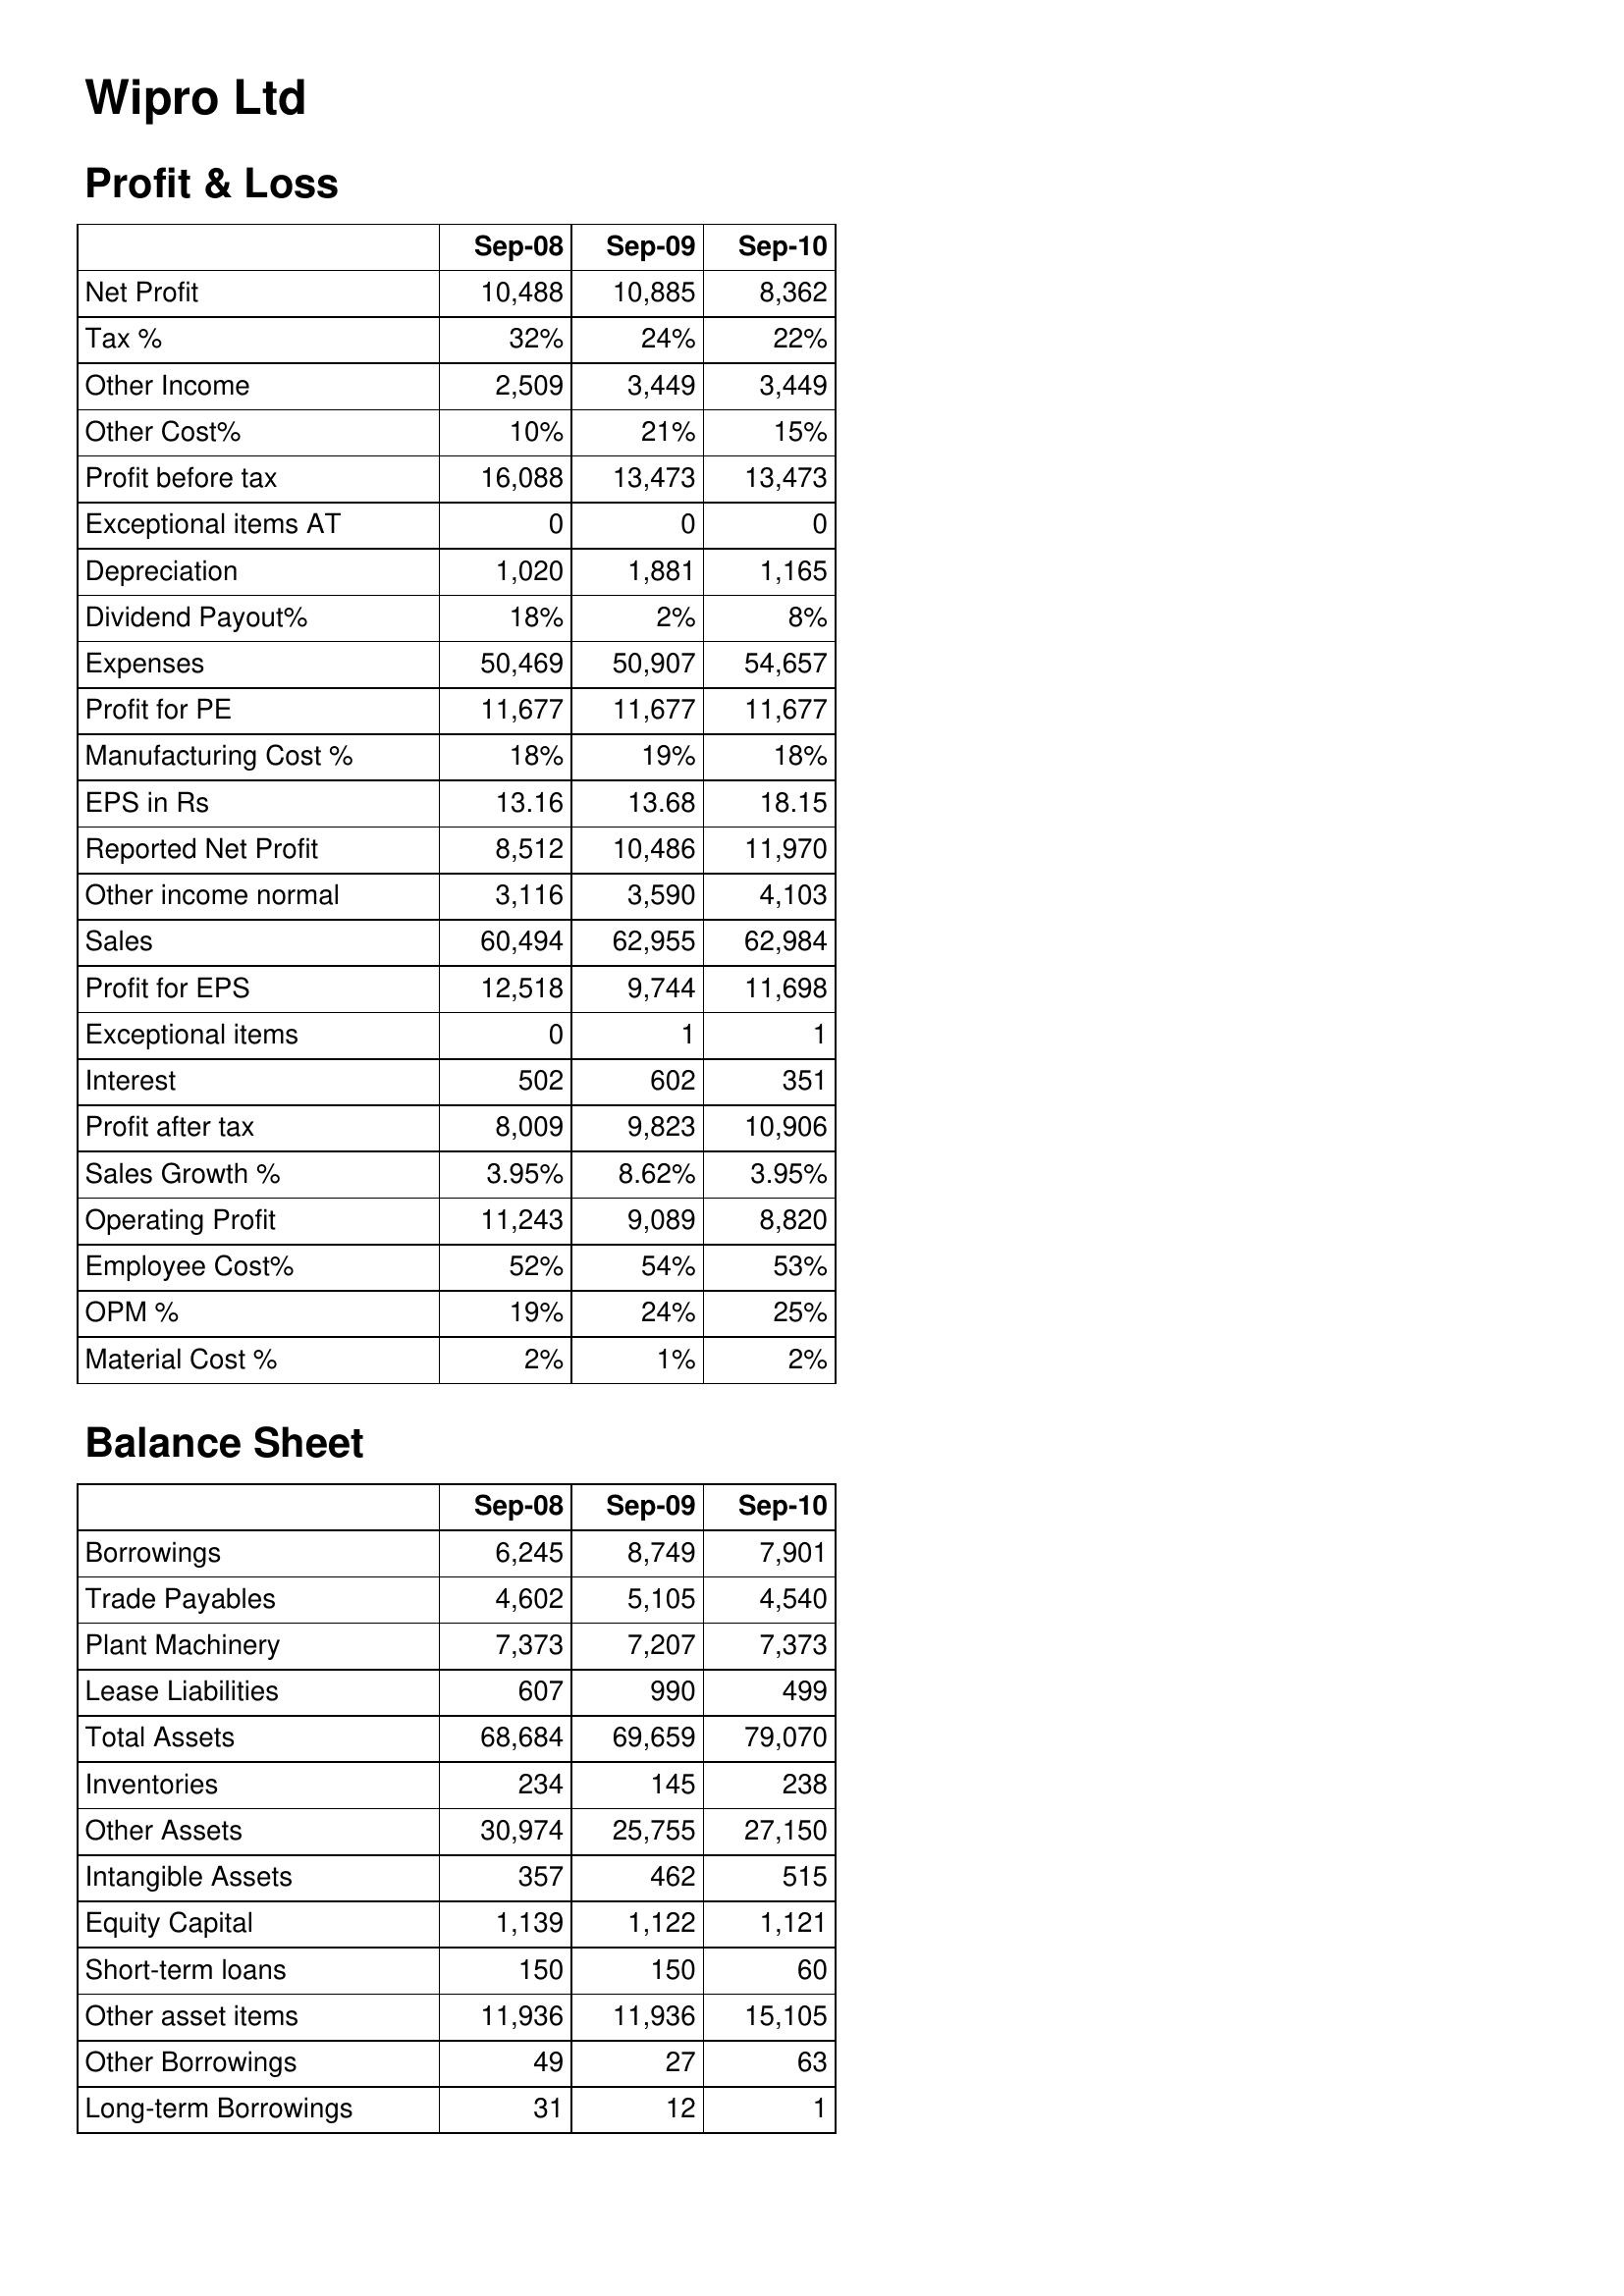
Sep-08: Profit & Loss: Net Profit: 10,488
Tax %: 32%
Other Income: 2,509
Other Cost%: 10%
Profit before tax: 16,088
Exceptional items AT: 0
Depreciation: 1,020
Dividend Payout%: 18%
Expenses: 50,469
Profit for PE: 11,677
Manufacturing Cost %: 18%
EPS in Rs: 13.16
Reported Net Profit: 8,512
Other income normal: 3,116
Sales: 60,494
Profit for EPS: 12,518
Exceptional items: 0
Interest: 502
Profit after tax: 8,009
Sales Growth %: 3.95%
Operating Profit: 11,243
Employee Cost%: 52%
OPM %: 19%
Material Cost %: 2%
Balance Sheet: Borrowings: 6,245
Trade Payables: 4,602
Plant Machinery: 7,373
Lease Liabilities: 607
Total Assets: 68,684
Inventories: 234
Other Assets: 30,974
Intangible Assets: 357
Equity Capital: 1,139
Short-term loans: 150
Other asset items: 11,936
Other Borrowings: 49
Long-term Borrowings: 31
Sep-09: Profit & Loss: Net Profit: 10,885
Tax %: 24%
Other Income: 3,449
Other Cost%: 21%
Profit before tax: 13,473
Exceptional items AT: 0
Depreciation: 1,881
Dividend Payout%: 2%
Expenses: 50,907
Profit for PE: 11,677
Manufacturing Cost %: 19%
EPS in Rs: 13.68
Reported Net Profit: 10,486
Other income normal: 3,590
Sales: 62,955
Profit for EPS: 9,744
Exceptional items: 1
Interest: 602
Profit after tax: 9,823
Sales Growth %: 8.62%
Operating Profit: 9,089
Employee Cost%: 54%
OPM %: 24%
Material Cost %: 1%
Balance Sheet: Borrowings: 8,749
Trade Payables: 5,105
Plant Machinery: 7,207
Lease Liabilities: 990
Total Assets: 69,659
Inventories: 145
Other Assets: 25,755
Intangible Assets: 462
Equity Capital: 1,122
Short-term loans: 150
Other asset items: 11,936
Other Borrowings: 27
Long-term Borrowings: 12
Sep-10: Profit & Loss: Net Profit: 8,362
Tax %: 22%
Other Income: 3,449
Other Cost%: 15%
Profit before tax: 13,473
Exceptional items AT: 0
Depreciation: 1,165
Dividend Payout%: 8%
Expenses: 54,657
Profit for PE: 11,677
Manufacturing Cost %: 18%
EPS in Rs: 18.15
Reported Net Profit: 11,970
Other income normal: 4,103
Sales: 62,984
Profit for EPS: 11,698
Exceptional items: 1
Interest: 351
Profit after tax: 10,906
Sales Growth %: 3.95%
Operating Profit: 8,820
Employee Cost%: 53%
OPM %: 25%
Material Cost %: 2%
Balance Sheet: Borrowings: 7,901
Trade Payables: 4,540
Plant Machinery: 7,373
Lease Liabilities: 499
Total Assets: 79,070
Inventories: 238
Other Assets: 27,150
Intangible Assets: 515
Equity Capital: 1,121
Short-term loans: 60
Other asset items: 15,105
Other Borrowings: 63
Long-term Borrowings: 1